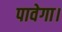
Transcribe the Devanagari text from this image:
पावेगा।